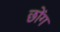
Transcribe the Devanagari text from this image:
छोंग